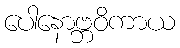
ပေါနောဗ္ဘဝိကာယ